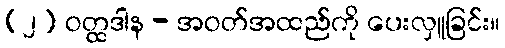
(၂) ဝတ္ထဒါန - အဝတ်အထည်ကို ပေးလှူခြင်း။